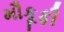
મૌકૂફી